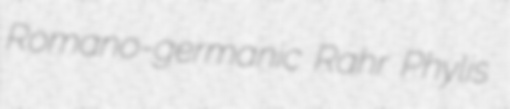
Romano-germanic Rahr Phylis